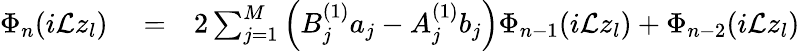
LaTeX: \begin{array}{rlr}{\Phi_{n}(i\mathcal{L}z_{l})}&{{}=}&{2\sum_{j=1}^{M}\left(B_{j}^{(1)}a_{j}-A_{j}^{(1)}b_{j}\right)\Phi_{n-1}(i\mathcal{L}z_{l})+\Phi_{n-2}(i\mathcal{L}z_{l})}\end{array}